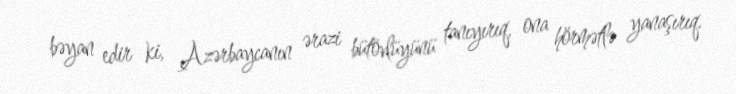
bəyan edir ki, Azərbaycanın ərazi bütövlüyünü tanıyırıq, ona hörmətlə yanaşırıq.